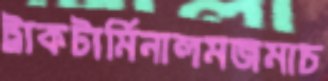
ট্রাকটার্মিনালমজমাচ